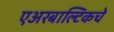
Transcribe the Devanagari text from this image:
एअरबाल्टिकचे